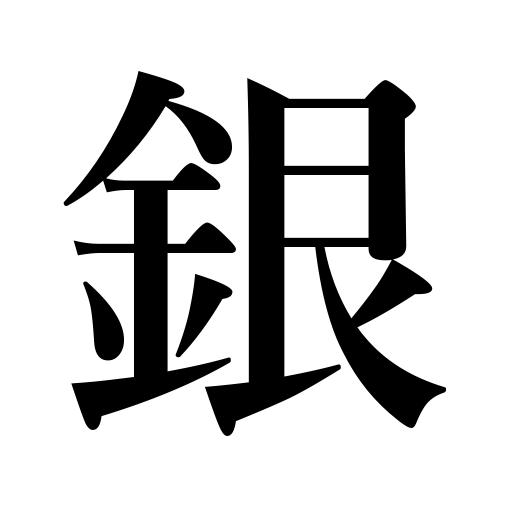
Meanings: silver